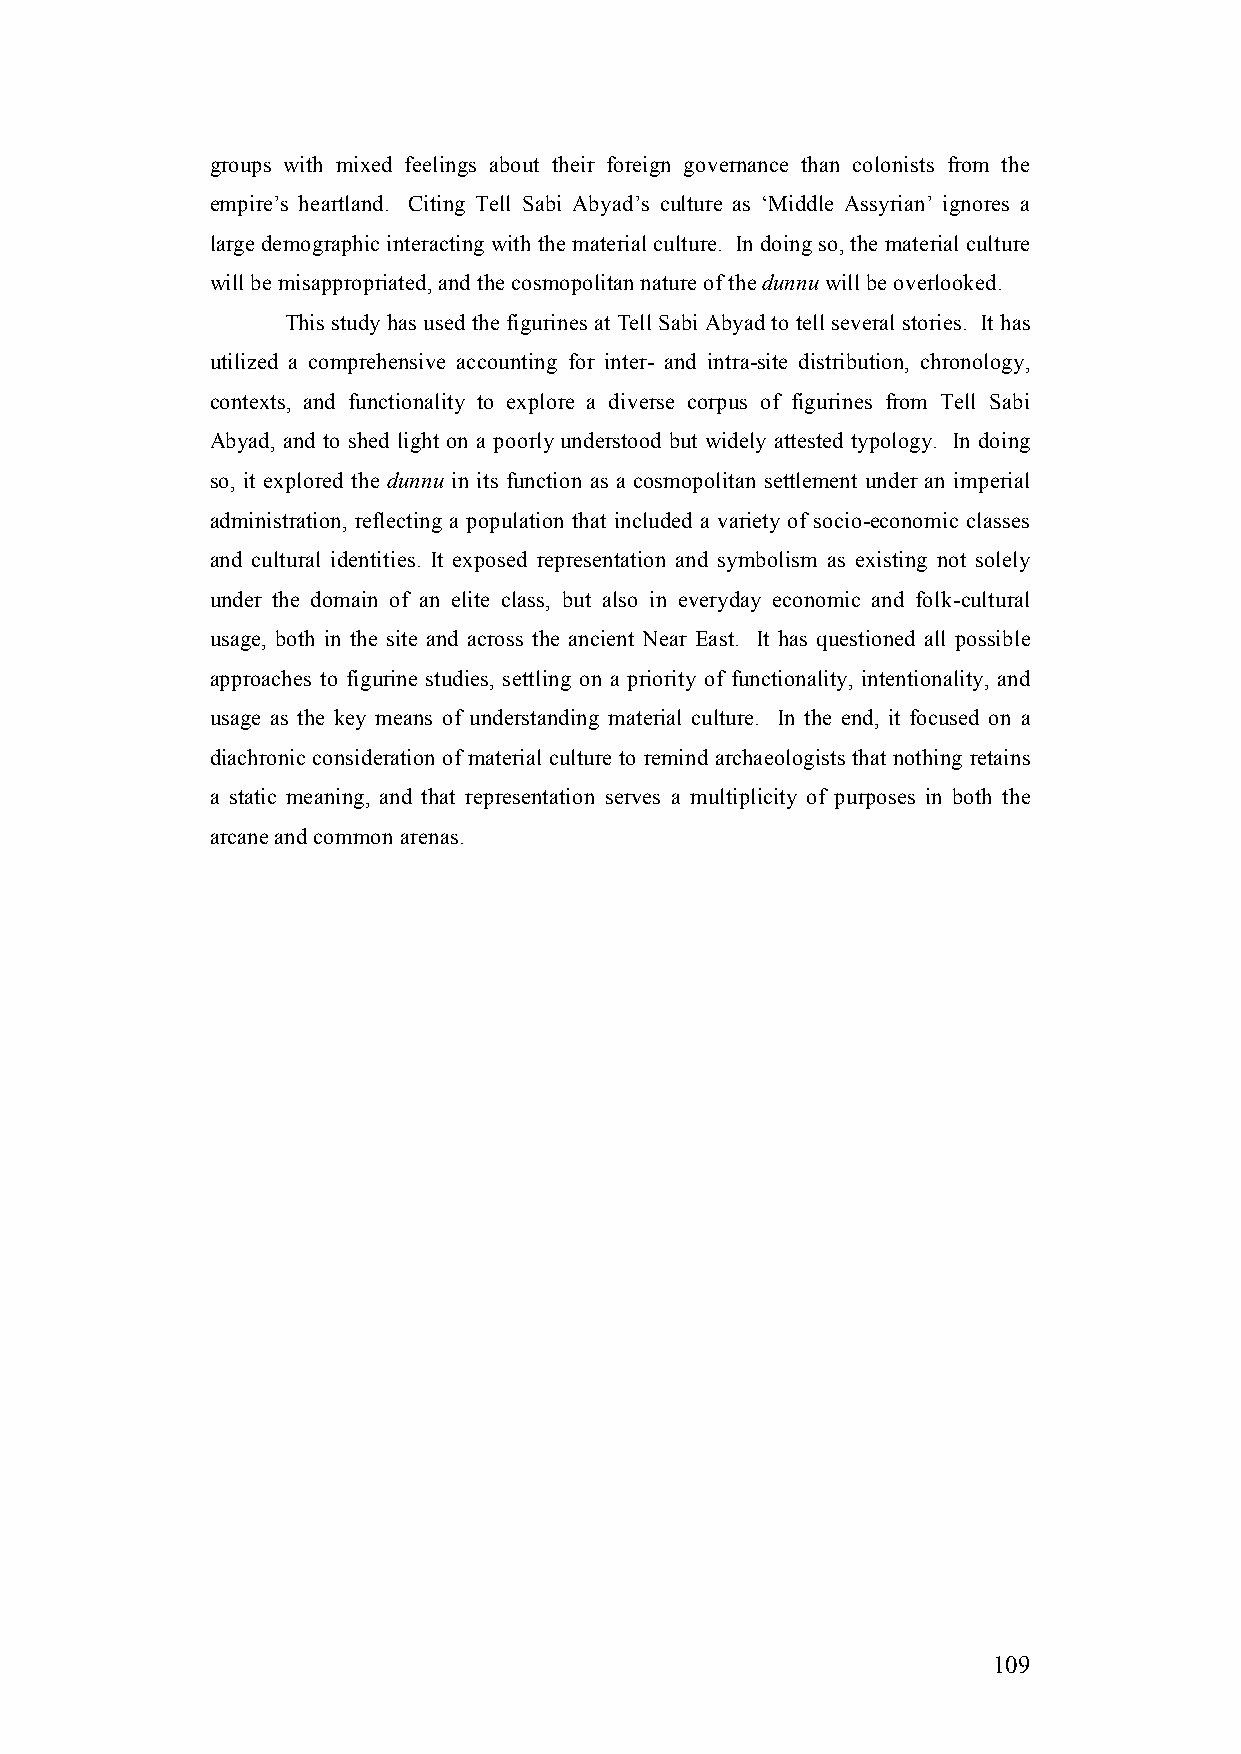
groups with mixed feelings about their foreign governance than colonists from the
 empire’s heartland. Citing Tell Sabi Abyad’s culture as ‘Middle Assyrian’ ignores a
 large demographic interacting with the material culture. In doing so, the material culture
 will be misappropriated, and the cosmopolitan nature of the dunnu will be overlooked.
 This study has used the figurines at Tell Sabi Abyad to tell several stories. It has
 utilized a comprehensive accounting for inter- and intra-site distribution, chronology,
 contexts, and functionality to explore a diverse corpus of figurines from Tell Sabi
 Abyad, and to shed light on a poorly understood but widely attested typology. In doing
 so, it explored the dunnu in its function as a cosmopolitan settlement under an imperial
 administration, reflecting a population that included a variety of socio-economic classes
 and cultural identities. It exposed representation and symbolism as existing not solely
 under the domain of an elite class, but also in everyday economic and folk-cultural
 usage, both in the site and across the ancient Near East. It has questioned all possible
 approaches to figurine studies, settling on a priority of functionality, intentionality, and
 usage as the key means of understanding material culture. In the end, it focused on a
 diachronic consideration of material culture to remind archaeologists that nothing retains
 a static meaning, and that representation serves a multiplicity of purposes in both the
 arcane and common arenas.
 109